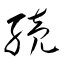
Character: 続